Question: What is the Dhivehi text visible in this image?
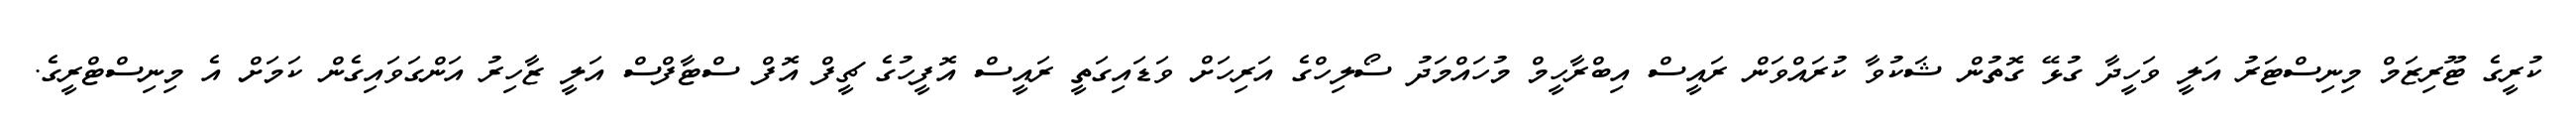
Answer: ކުރީގެ ޓޫރިޒަމް މިނިސްޓަރު އަލީ ވަހީދާ ގުޅޭ ގޮތުން ޝަކުވާ ކުރައްވަން ރައީސް އިބްރާހީމް މުހައްމަދު ސޯލިހްގެ އަރިހަށް ވަޑައިގަތީ ރައީސް އޮފީހުގެ ޗީފް އޮފް ސްޓާފްސް އަލީ ޒާހިރު އަންގަވައިގެން ކަމަށް އެ މިނިސްޓްރީގެ.